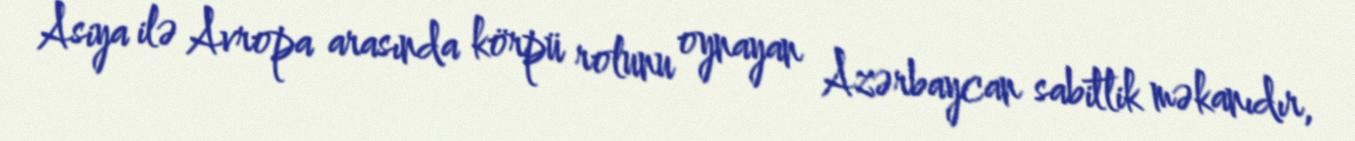
Asiya ilə Avropa arasında körpü rolunu oynayan Azərbaycan sabitlik məkanıdır,